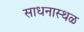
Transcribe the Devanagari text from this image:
साधनास्थळ